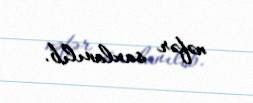
nəfər saxlanılıb.